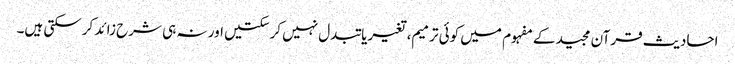
احادیث قرآن مجید کے مفہوم میں کوئی ترمیم، تغیریا تبدل نہیں کرسکتیں اور نہ ہی شرح زائد کرسکتی ہیں۔